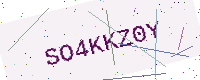
Text: SO4KKZ0Y